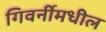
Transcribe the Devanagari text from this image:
गिवर्नीमधील